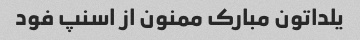
یلداتون مبارک ممنون از اسنپ فود